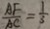
\frac { A F } { A C } = \frac { 1 } { 3 }